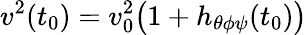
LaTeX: v^{2}(t_{0})=v_{0}^{2}\bigl(1+h_{\theta\phi\psi}(t_{0})\bigr)